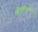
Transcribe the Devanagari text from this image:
ताजिकनीलकंठी।